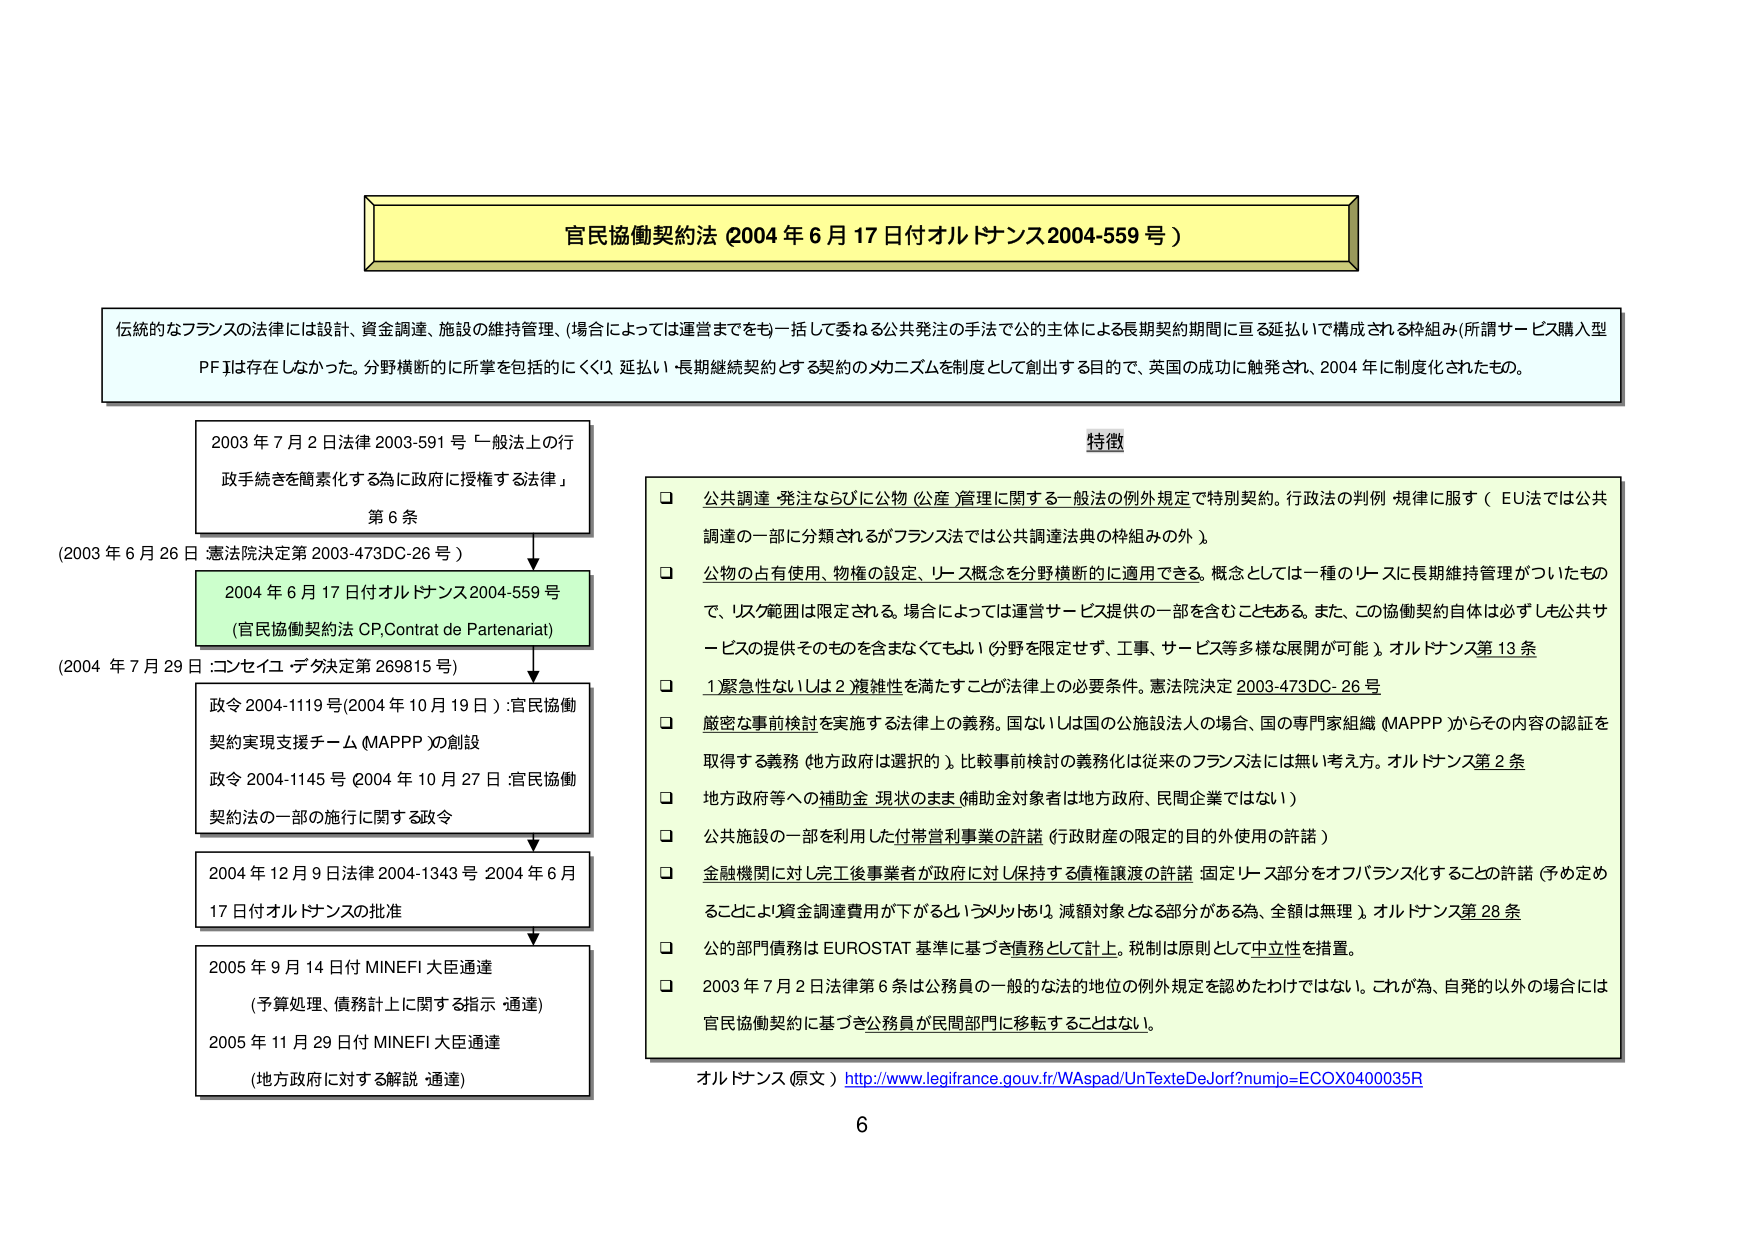
官民協働契約法 (2004 年 6 月 17 日付オルドサンス2004-559 号)

伝統的なフランスの法律には設計、資金調達、施設の維持管理、(場合によっては運営までをも)一括して委ねる公共発注の手法で公的主体による長期契約期間に亘る延払いで構成される枠組み(所謂サービス購入型 PF)は存在しなかった。分野横断的に所掌を包括的にくく(1)延払い・長期継続契約とする契約のメカニズムを制度として創出する目的で、英国の成功に触発され、2004 年に制度化されたもの。

2003 年 7 月 2 日法律 2003-591 号「一般法上の行政手続きを簡素化する為に政府に授権する法律」
第 6 条

(2003 年 6 月 26 日 憲法院決定第 2003-473DC-26 号)

2004 年 6 月 17 日付オルドサンス2004-559 号
(官民協働契約法 OP,Contrat de Partenariat)

(2004 年 7 月 29 日 :コンセイユ・デタ決定第 269815 号)

政令 2004-1119号(2004 年 10 月 19 日) :官民協働契約実現支援チーム (MAPPP )の創設
政令 2004-1145 号 (2004 年 10 月 27 日 官民協働契約法の一部の施行に関する政令

2004 年 12 月 9 日法律 2004-1343 号 2004 年 6 月 17 日付オルドサンスの批准

2005 年 9 月 14 日付 MINEFI 大臣通達
(予算処理、債務計上に関する指示 通達)
2005 年 11 月 29 日付 MINEFI 大臣通達
(地方政府に対する解説 通達)

特徴

□ 公共調達・発注ならびに公物（公産）管理に関する一般法の例外規定で特別契約。行政法の判例・規律に服す（EU法では公共調達の一部に分類されるがフランスでは公共調達法典の枠組みの外）。

□ 公物の占有使用、物権の設定、リース概念を分野横断的に適用できる。概念としては一種のリースに長期維持管理がついたもので、リスク範囲は限定される。場合によっては運営サービス提供の一部を含むこともある。また、この協働契約自体は必ずしも公共サービスの提供そのものを含まなくてもよい（分野を限定せず、工事、サービス等多様な展開が可能）。オルドサンス第 13 条

□ 1 緊急性ないしは 2 複雑性を満たすことが法律上の必要条件。憲法院決定 2003-473DC-26 号

□ 密密な事前検討を実施する法律上の義務。国ないしは国の公施設法人の場合、国の専門家組織 (MAPPP) からその内容の認証を取得する義務（地方政府は選択的）。比較事前検討の義務化は従来のフランス法には無い考え方。オルドサンス第 2 条

□ 地方政府等への補助金 現状のまま（補助金対象者は地方政府、民間企業ではない）

□ 公共施設の一部を利用した付帯営利事業の許諾（行政財産の限定的目的外使用の許諾）

□ 金融機関に対し完工後事業者が政府に対し保持する債権譲渡の許諾・固定リース部分をオフバランス化することの許諾（予め定めることにより資金調達費用が下がるというメリットあり。減額対象となる部分がある為、全額は無理）。オルドサンス第 28 条

□ 公的部門債務は EUROSTAT 基準に基づき債務として計上。税制は原則として中立性を措置。

□ 2003 年 7 月 2 日法律第 6 条は公務員の一般的な法的地位の例外規定を認めたわけではない。これが為、自発的以外の場合は官民協働契約に基づき公務員が民間部門に移転することはない。

オルドサンス（原文） http://www.legifrance.gouv.fr/WAspad/UnTexteDeJorf?numjo=ECOX0400035R

6